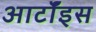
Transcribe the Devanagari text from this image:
आर्टॉइस